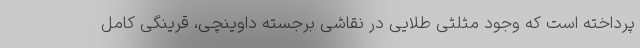
پرداخته است که وجود مثلثی طلایی در نقاشی برجسته داوینچی، قرینگی کامل